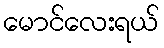
မောင်လေးရယ်